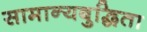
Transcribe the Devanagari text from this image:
सामान्यबुद्धिता